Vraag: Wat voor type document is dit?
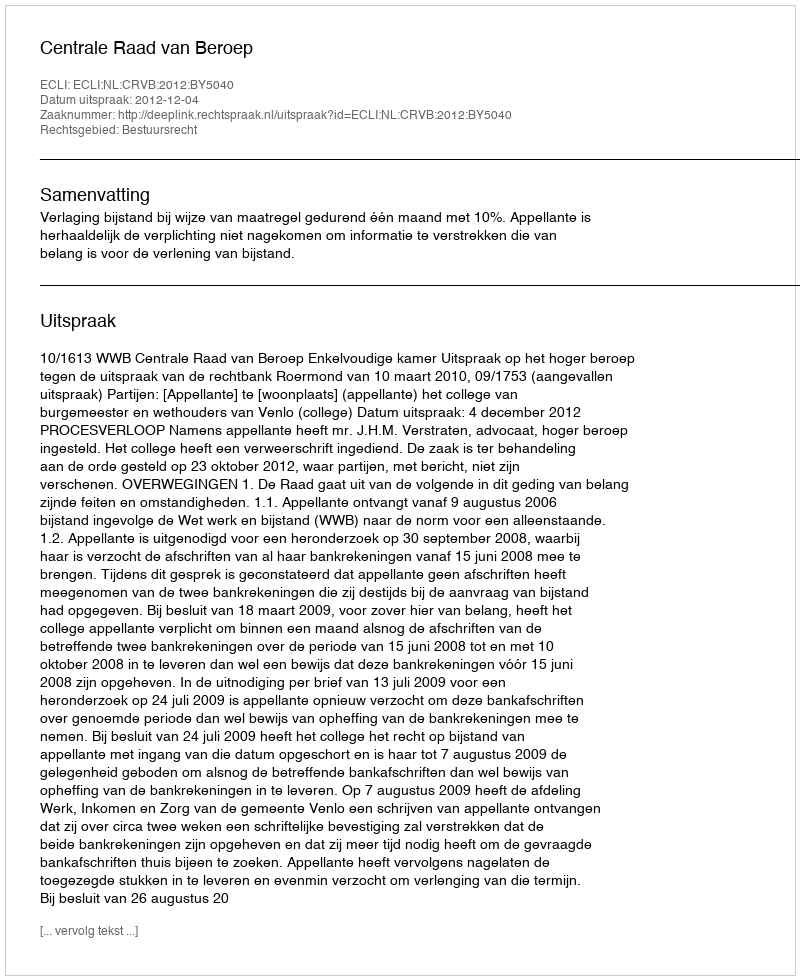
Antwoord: Uitspraak